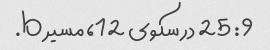
9: 25 در سکوی 12، مسیر b.